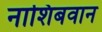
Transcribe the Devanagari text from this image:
नाशिबवान